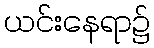
ယင်းနေရာ၌